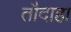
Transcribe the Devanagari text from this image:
तौदाहा